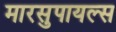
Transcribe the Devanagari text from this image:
मारसुपायल्स